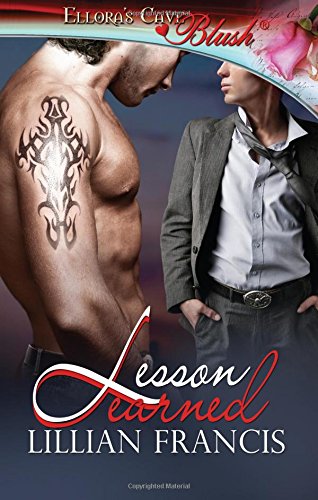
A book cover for Lesson Learned; Lillian Francis; Romance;